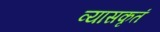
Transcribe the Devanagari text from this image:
व्यासकृतं